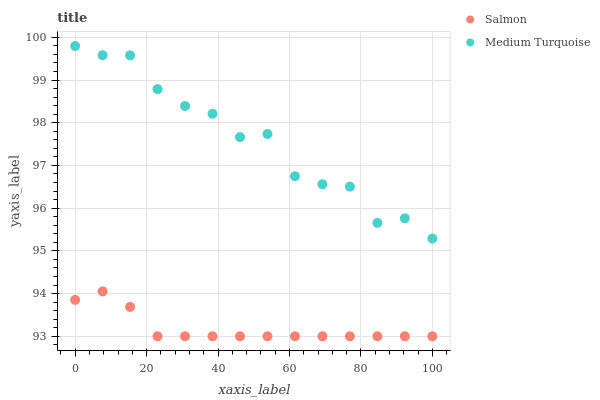
| xaxis_label | Salmon | Medium Turquoise |
 | --- | --- | --- |
 | 0 | 93.9 | 99.8 |
 | 7.69 | 94.1 | 99.6 |
 | 15.4 | 93.7 | 99.6 |
 | 23.1 | 93 | 98.8 |
 | 30.8 | 93 | 98.4 |
 | 38.5 | 93 | 98.2 |
 | 46.2 | 93 | 97.7 |
 | 53.8 | 93 | 97.7 |
 | 61.5 | 93 | 96.7 |
 | 69.2 | 93 | 96.6 |
 | 76.9 | 93 | 96.5 |
 | 84.6 | 93 | 95.7 |
 | 92.3 | 93 | 95.8 |
 | 100 | 93 | 95.3 |